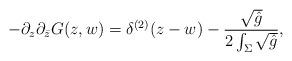
LaTeX: \begin{align*}-\partial_z\partial_{\bar z}G(z,w)=\delta^{(2)}(z-w)-{\sqrt {\hat g}\over 2\int_\Sigma \sqrt {\hat g}},\end{align*}